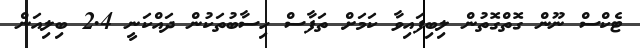
ޓެކްސް ނޫން ގޮތްގޮތުން ލިބިފައިވާ ކަމަށް ތަފާސް ހިސާބުތަކުން ދައްކަނީ 2.4 ބިލިއަން